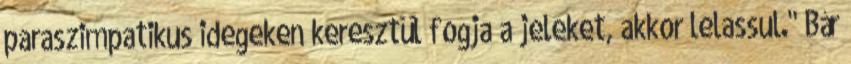
paraszimpatikus idegeken keresztül fogja a jeleket, akkor lelassul." Bár